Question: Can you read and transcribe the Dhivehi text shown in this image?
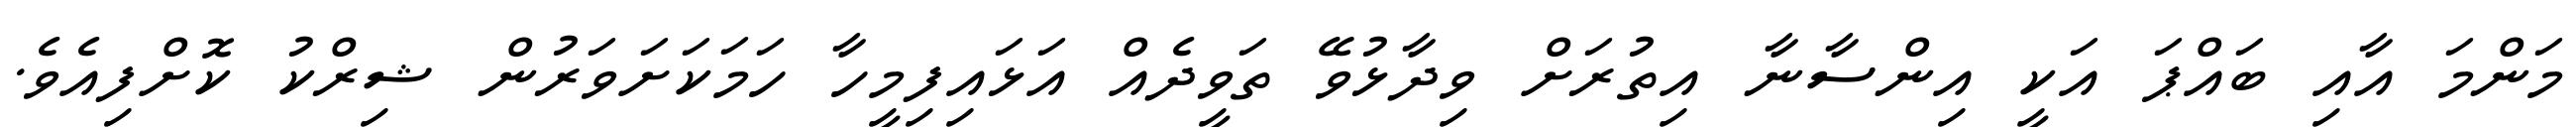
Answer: މަންމަ އާއި ބައްޕަ އަކީ އިންސާނާ އިތުރަށް ވިދާޅުވޭ ތަވީދެއް އަޅައިފިމީހާ ހަމަކަށަވަރުން ޝިރްކު ކޮށްފިއެވެ.